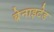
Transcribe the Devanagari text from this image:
बेनाइटेड